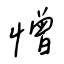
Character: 憎